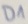
Text: D1